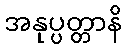
အနုပ္ပတ္တာနိ